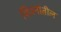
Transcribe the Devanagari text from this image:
शिश्नांतील